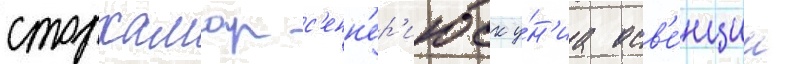
сторхамар с'енн'ер'июск у́н'иа осв'е́нцим